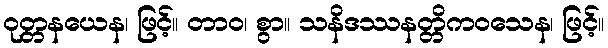
ဝုတ္တနယေန၊ ဖြင့်။ တာဝ၊ စွာ။ သနိဒဿနတ္တိကဝသေန၊ ဖြင့်။